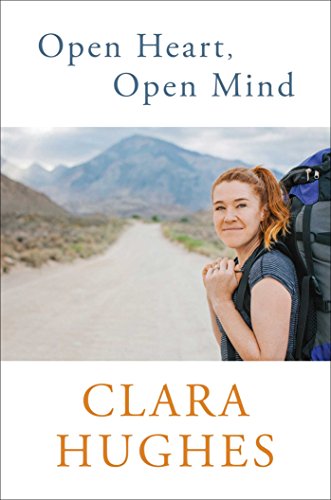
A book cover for Open Heart, Open Mind; Clara Hughes; Sports & Outdoors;